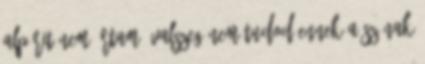
alpárit nem írtam. Valszeg nem tudod ennek a szónak